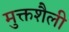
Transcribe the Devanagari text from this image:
मुक्तशैली